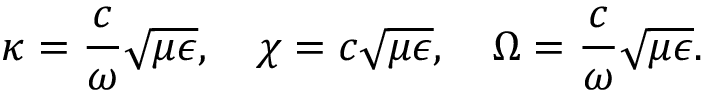
\kappa = \frac { c } { \omega } \sqrt { \mu \epsilon } , \quad \chi = c \sqrt { \mu \epsilon } , \quad \Omega = \frac { c } { \omega } \sqrt { \mu \epsilon } .